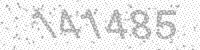
Solution: 141485